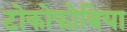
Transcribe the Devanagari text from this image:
टोकोफोबिया